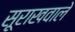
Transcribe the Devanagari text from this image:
सूराखवाले